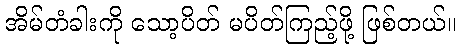
အိမ်တံခါးကို သော့ပိတ် မပိတ်ကြည့်ဖို့ ဖြစ်တယ်။